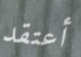
أعتقد